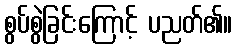
စွပ်စွဲခြင်းကြောင့် ပညတ်၏။